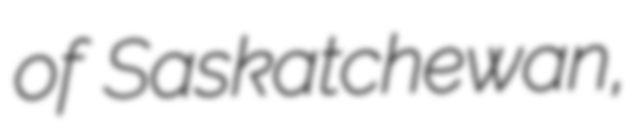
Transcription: of Saskatchewan,